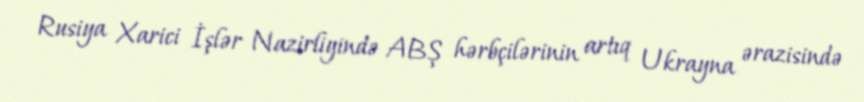
Rusiya Xarici İşlər Nazirliyində ABŞ hərbçilərinin artıq Ukrayna ərazisində